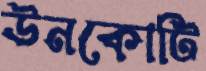
ঊনকোটি